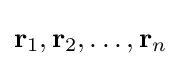
\mathbf {r} _{1},\mathbf {r} _{2},\dots ,\mathbf {r} _{n}